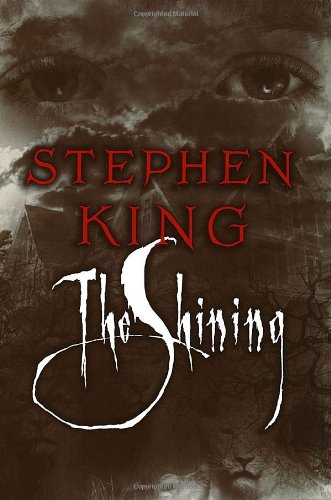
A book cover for The Shining; Stephen King; Mystery, Thriller & Suspense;